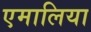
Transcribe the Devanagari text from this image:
एमालिया